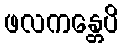
ဖလကန္တေပိ